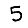
Digit: 5